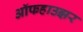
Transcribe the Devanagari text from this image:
ऑफहाउझर